Plague in India, 1896, 1897 - Volume 2
Year: 1896
Disease focus: Plague
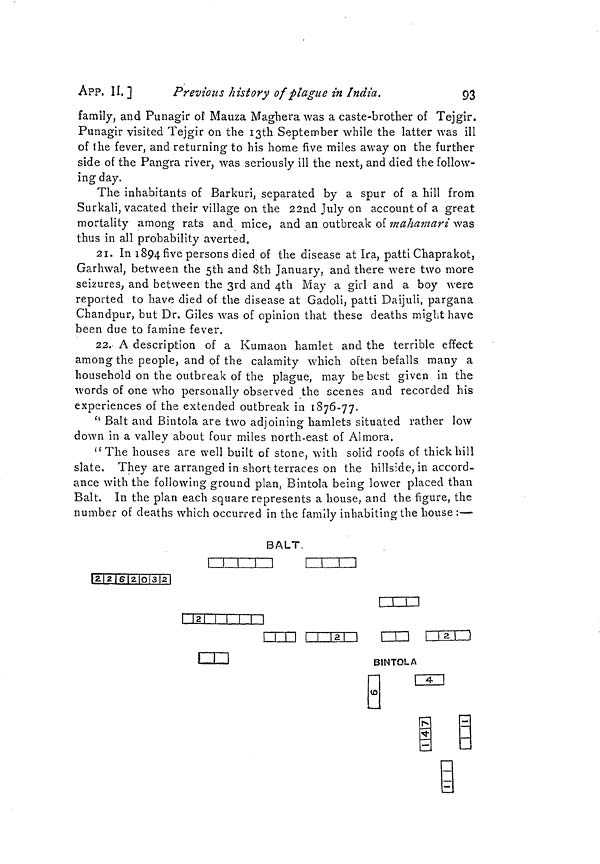
APP, II.]
Previous history of plague in India.
93
family, and Punagir of Mauza Maghera was a caste-brother of Tejgir.
Punagir visited Tejgir on the 13th September while the latter was ill
of the fever, and returning to his home five miles away on the further
side of the Pangra river, was seriously ill the next, and died the follow-
ing day.
The inhabitants of Barkuri, separated by a spur of a hill from
Surkali, vacated their village on the 22nd July on account of a great
mortality among rats and mice, and an outbreak of mahamari was
thus in all probability averted.
21. In 1894 five persons died of the disease at Ira, patti Chaprakot,
Garhwal, between the 5th and 8th January, and there were two more
seizures, and between the 3rd and 4th May a girl and a boy were
reported to have died of the disease at Gadoli, patti Daijuli, pargana
Chandpur, but Dr. Giles was of opinion that these deaths might have
been due to famine fever.
22. A description of a Kumaon hamlet and the terrible effect
among the people, and of the calamity which often befalls many a
household on the outbreak of the plague, may be best given in the
words of one who personally observed the scenes and recorded his
experiences of the extended outbreak in 1876-77.
" Bait and Bintola are two adjoining hamlets situated rather low
down in a valley about four miles north-east of Almora.
"The houses are well built of stone, with solid roofs of thick hill
slate. They are arranged in short terraces on the hillside, in accord-
ance with the following ground plan, Bintola being lower placed than
Balt. In the plan each square represents a house, and the figure, the
number of deaths which occurred in the family inhabiting the house :—